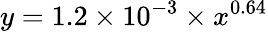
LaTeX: y=1.2\times 10^{-3}\times x^{0.64}